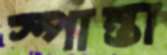
স্পান্তা